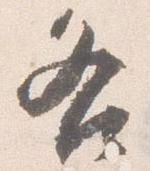
各